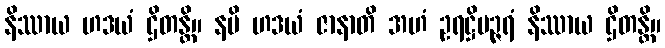
နိဿာယ ဟဒယံ ဌိတန္တိ။ နပိ ဟဒယံ ဇာနာတိ အဟံ ဥရဋ္ဌိပဉ္ဇရံ နိဿာယ ဌိတန္တိ။